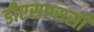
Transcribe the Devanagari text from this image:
डीएसएससी